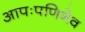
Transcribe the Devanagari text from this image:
आपःपणिनेव